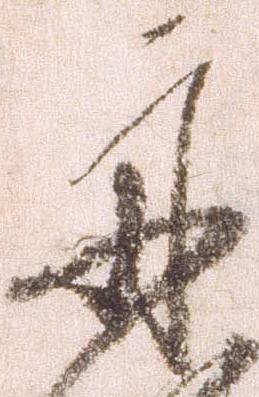
示